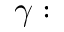
\gamma :